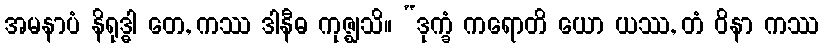
အမနာပံ နိရုဒ္ဓါ တေ, ကဿ ဒါနီဓ ကုဇ္ဈသိ။ “ဒုက္ခံ ကရောတိ ယော ယဿ, တံ ဝိနာ ကဿ